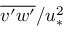
\overline { { v ^ { \prime } w ^ { \prime } } } / u _ { * } ^ { 2 }